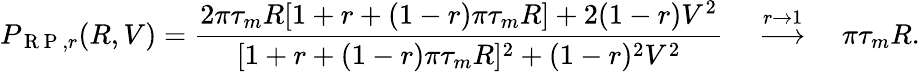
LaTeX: P_{\mathrm{~R~P~},r}(R,V)=\frac{2\pi\tau_{m}R[1+r+(1-r)\pi\tau_{m}R]+2(1-r)V^{2}}{[1+r+(1-r)\pi\tau_{m}R]^{2}+(1-r)^{2}V^{2}}\quad\stackrel{r\to 1}{\longrightarrow}\quad\pi\tau_{m}R.